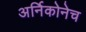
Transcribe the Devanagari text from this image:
अर्निकोनेच